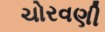
ચોરવણી